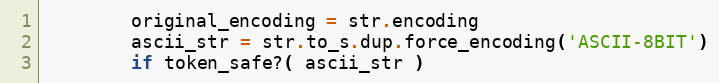
Language: Ruby
        original_encoding = str.encoding
        ascii_str = str.to_s.dup.force_encoding('ASCII-8BIT')
        if token_safe?( ascii_str )